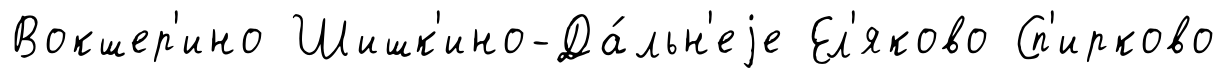
Вокшер'ино Шишк'ино-Да́льн'еjе Ел'яково Сп'ирково